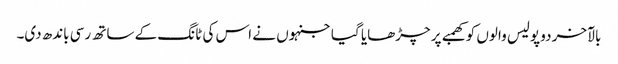
بالآخر دو پولیس والوں کو کھمبے پر چڑھایا گیا جنہوں نے اس کی ٹانگ کے ساتھ رسی باندھ دی۔